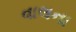
વાલના